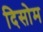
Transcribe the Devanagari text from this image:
दिसोम